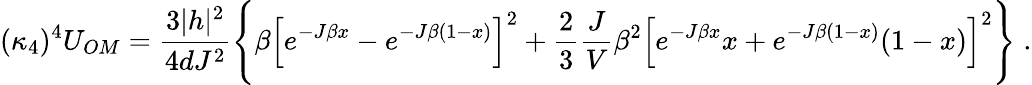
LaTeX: (\kappa_{4})^{4}U_{OM}=\frac{3|h|^{2}}{4dJ^{2}}\Bigg\{ \beta\Big[e^{-J\beta x}-e^{-J\beta(1-x)}\Big]^{2}+\frac{2}{3}\frac{J}{V}\beta^{2}\Big[e^{-J\beta x}x+e^{-J\beta(1-x)}(1-x)\Big]^{2}\Bigg\} \; .